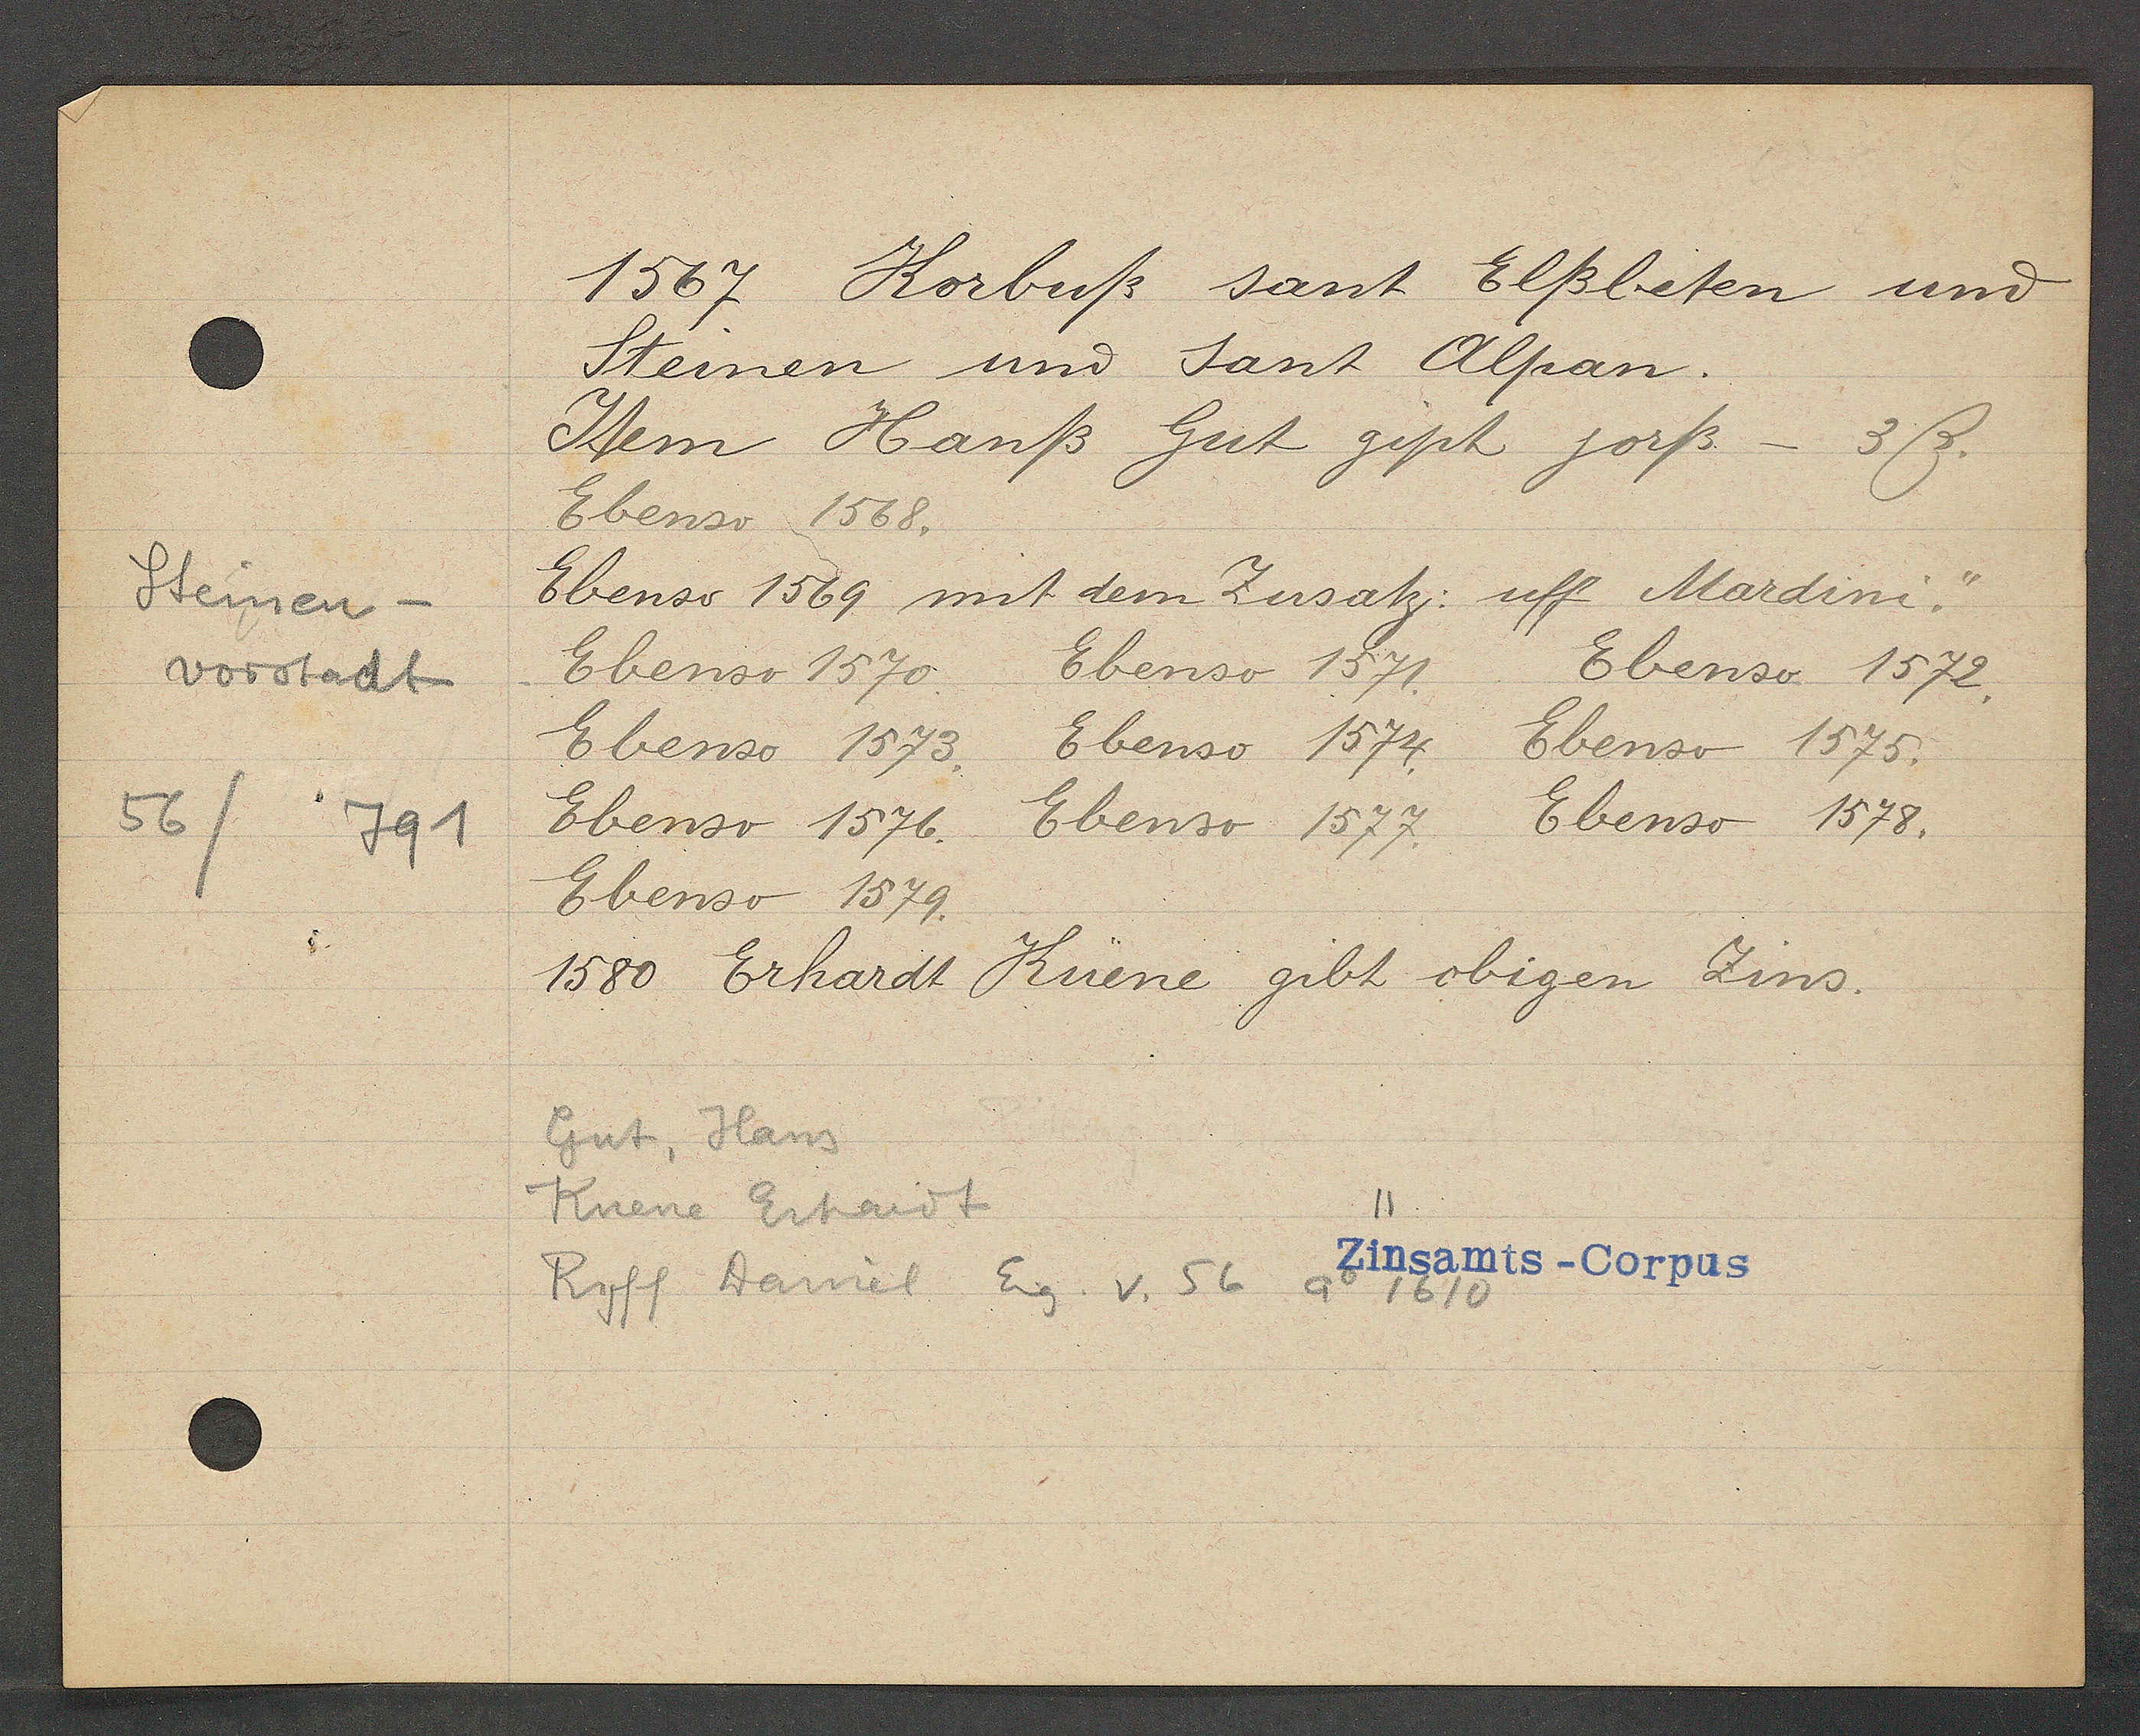
Transcript:
Steinen
vorstadt
56/
791

1567 Korbuß sant Elßbeten und

Steinen und sant Alpan.
Item Hanß Gut gipt jorß - 3ß.
Ebenso 1568.
Ebenso 1569 mit dem Zusatz: uff Mardini.
Ebenso 1571.
Ebenso 1572.
Ebenso 1570.
Ebenso 1574.
Ebenso 1575.
Ebenso 1573.
Ebenso 1576.
Ebenso 1578.
Ebenso 1577.
Ebenso 1579.
1580 Erhardt Küene gibt obigen Zins.

Gut, Hans
Kuene Erhardt
Roff Daniel Eig. v. 56 ao 1610

Zinsamts-Corpus